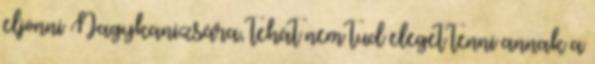
eljönni Nagykanizsára, tehát nem tud eleget tenni annak a